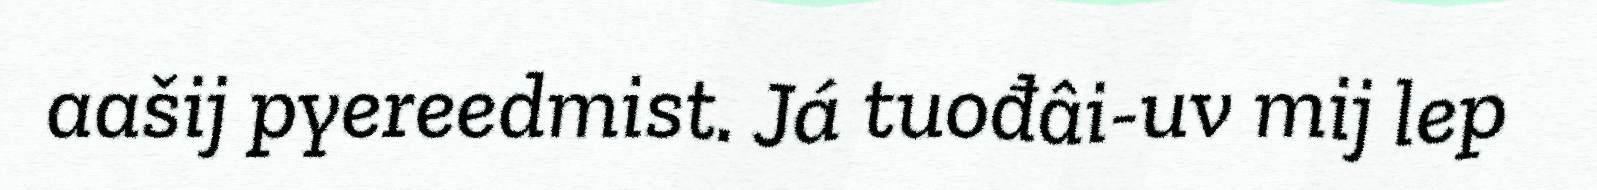
aašij pyereedmist. Já tuođâi-uv mij lep